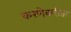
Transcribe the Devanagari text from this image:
करणेकरीता